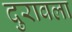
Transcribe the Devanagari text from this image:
दुरावला